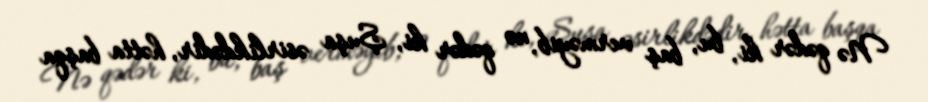
Nə qədər ki, bu, baş verməyib, nə qədər ki, Şuşa əsirlikdədir, hətta başqa